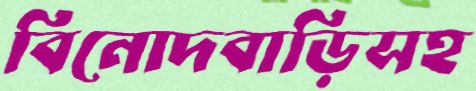
বিনোদবাড়িসহ